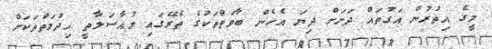
މީގެ އިތުރުން އަގުތައް ދަށަށް ދިޔަ އެހެން ބާވަތްތަކުގެ ތެރޭގައި މުއާސަލާތީ ހިދުމަތްތަކަށް